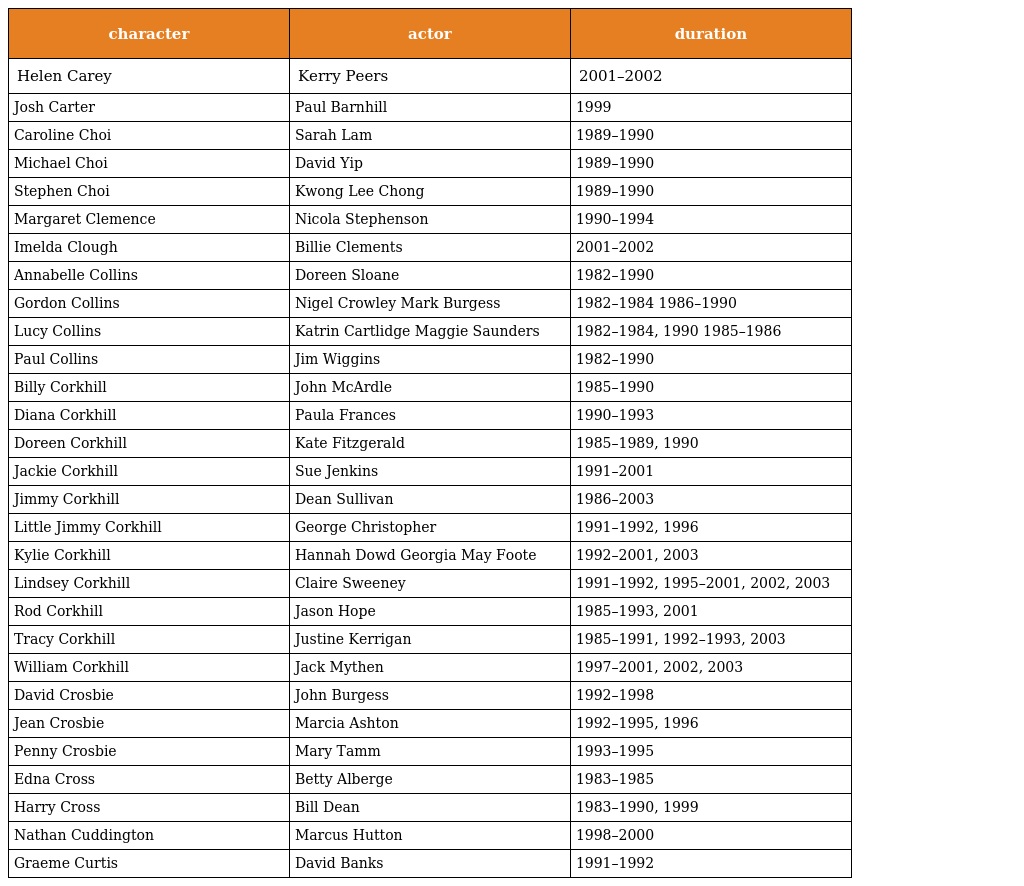
| character | actor | duration |
 | --- | --- | --- |
 | Helen Carey | Kerry Peers | 2001–2002 |
 | Josh Carter | Paul Barnhill | 1999 |
 | Caroline Choi | Sarah Lam | 1989–1990 |
 | Michael Choi | David Yip | 1989–1990 |
 | Stephen Choi | Kwong Lee Chong | 1989–1990 |
 | Margaret Clemence | Nicola Stephenson | 1990–1994 |
 | Imelda Clough | Billie Clements | 2001–2002 |
 | Annabelle Collins | Doreen Sloane | 1982–1990 |
 | Gordon Collins | Nigel Crowley Mark Burgess | 1982–1984 1986–1990 |
 | Lucy Collins | Katrin Cartlidge Maggie Saunders | 1982–1984, 1990 1985–1986 |
 | Paul Collins | Jim Wiggins | 1982–1990 |
 | Billy Corkhill | John McArdle | 1985–1990 |
 | Diana Corkhill | Paula Frances | 1990–1993 |
 | Doreen Corkhill | Kate Fitzgerald | 1985–1989, 1990 |
 | Jackie Corkhill | Sue Jenkins | 1991–2001 |
 | Jimmy Corkhill | Dean Sullivan | 1986–2003 |
 | Little Jimmy Corkhill | George Christopher | 1991–1992, 1996 |
 | Kylie Corkhill | Hannah Dowd Georgia May Foote | 1992–2001, 2003 |
 | Lindsey Corkhill | Claire Sweeney | 1991–1992, 1995–2001, 2002, 2003 |
 | Rod Corkhill | Jason Hope | 1985–1993, 2001 |
 | Tracy Corkhill | Justine Kerrigan | 1985–1991, 1992–1993, 2003 |
 | William Corkhill | Jack Mythen | 1997–2001, 2002, 2003 |
 | David Crosbie | John Burgess | 1992–1998 |
 | Jean Crosbie | Marcia Ashton | 1992–1995, 1996 |
 | Penny Crosbie | Mary Tamm | 1993–1995 |
 | Edna Cross | Betty Alberge | 1983–1985 |
 | Harry Cross | Bill Dean | 1983–1990, 1999 |
 | Nathan Cuddington | Marcus Hutton | 1998–2000 |
 | Graeme Curtis | David Banks | 1991–1992 |